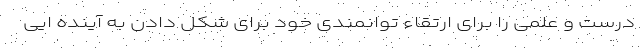
درست و علمی را برای ارتقاء توانمندی خود برای شکل دادن به آینده ایی